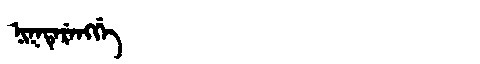
Manchu: ᠨᡳᡴᡨᡝᡵᡝᠩᡤᡝ
Romanization: NIKTERENGGE